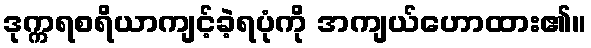
ဒုက္ကရစရိယာကျင့်ခဲ့ရပုံကို အကျယ်ဟောထား၏။